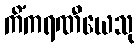
ကိံကရဏီယေသု